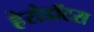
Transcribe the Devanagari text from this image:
हेरोडॉटस